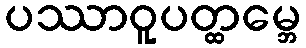
ပဿာဝူပတ္ထမ္ဘေ